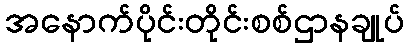
အနောက်ပိုင်းတိုင်းစစ်ဌာနချုပ်